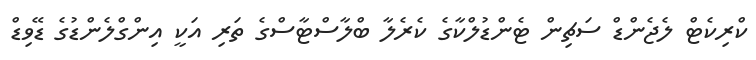
ކްރިކެޓް ލެޖެންޑް ސަޗިން ޓެންޑުލްކާގެ ކެރެލާ ބްލާސްޓާސްގެ ތަރި އަކީ އިންގްލެންޑުގެ ޑޭވިޑް